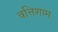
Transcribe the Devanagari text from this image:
वत्तिशाम